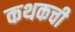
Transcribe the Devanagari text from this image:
कथकची